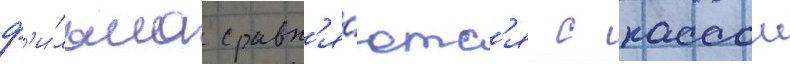
ф'и́льма сравн'я́ютс'я с кассои